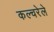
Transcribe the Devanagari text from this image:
कल्चरेले